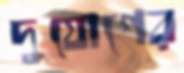
দুযোগের